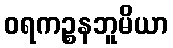
ဝရကဉ္စနဘူမိယာ